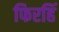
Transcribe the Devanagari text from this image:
फिरहिं